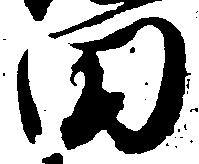
田